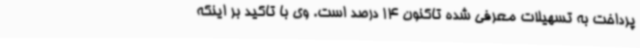
پرداخت به تسهیلات معرفی شده تاکنون 14 درصد است. وی با تاکید بر اینکه